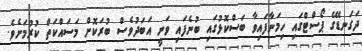
ދަގަނޑޭގެ ޕޯސްޓްގައި ހިމަނާފައިވާ ބަސްކޮޅުގައި ބުނެފައި ވަނީ އަބަދުވެސް ބުރަކޮށް މަސައްކަތް ކުރުމަށެވެ.